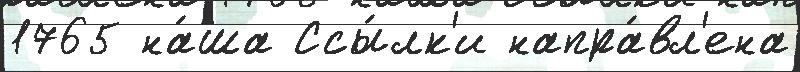
1765 на́ша Ссы́лк'и напра́вл'ена